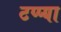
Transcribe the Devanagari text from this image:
टप्प्या